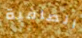
الصافية